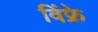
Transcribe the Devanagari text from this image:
विंफ्रे